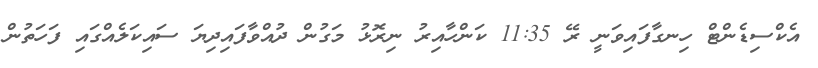
އެކްސިޑެންޓް ހިނގާފައިވަނީ ރޭ 11:35 ކަންހާއިރު ނިރޮޅު މަގުން ދުއްވާފައިދިޔަ ސައިކަލެއްގައި ފަހަތުން